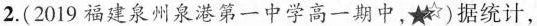
2.（2019福建泉州泉港第一中学高一期中，）据统计，